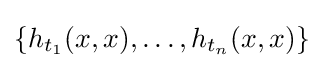
\{h_{t_{1}}(x,x),\ldots ,h_{t_{n}}(x,x)\}